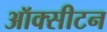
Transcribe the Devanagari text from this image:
ऑक्सीटन